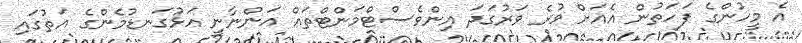
އެ މީހުންގެ ފަހަތުން އެއަށް ވުރެ ވަރުގަދަ އިންވެސްޓްމަންޓްތައް އަންނާނީ އަޅުގަނޑުމެންގެ އަތުގައި